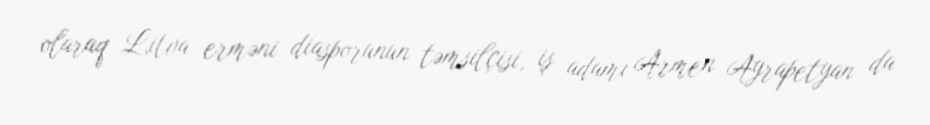
olaraq Litva erməni diasporunun təmsilçisi, iş adamı Armen Ayrapetyan da